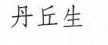
丹丘生